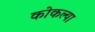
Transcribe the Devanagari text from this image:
कोकल्या